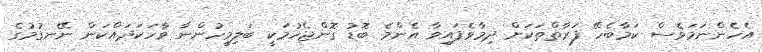
އެހެންނަމަވެސް ކަމާބެހޭ ފަރާތްތަކަށް ދިމާވެފައިވާ އެންމެ ބޮޑު ގޮންޖެހުމަކީ ބަލިމީހުންނާ ވާހަކަދައްކަން ނޭނގުމުގެ